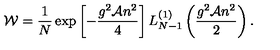
{ \cal W } = \frac { 1 } { N } \exp \left[ - \frac { g ^ { 2 } { \cal A } n ^ { 2 } } 4 \right] L _ { N - 1 } ^ { ( 1 ) } \left( \frac { g ^ { 2 } { \cal A } n ^ { 2 } } { 2 } \right) .